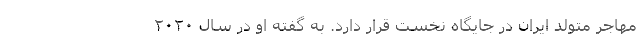
مهاجر متولد ایران در جایگاه نخست قرار دارد. به گفته او در سال ۲۰۲۰